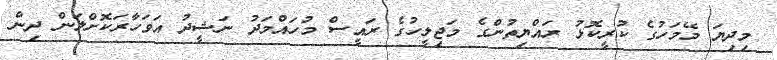
މިދިޔަ މޭމަހުގެ ކުރީކޮޅު ރައްޔިތުންގެ މަޖިލީހުގެ ރައީސް މުހައްމަދު ނަޝީދު އަވަހާރަކޮށްލަން ދިން